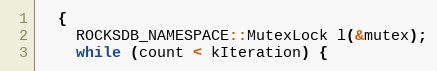
Language: C++
  {
    ROCKSDB_NAMESPACE::MutexLock l(&mutex);
    while (count < kIteration) {